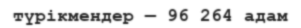
түрікмендер — 96 264 адам